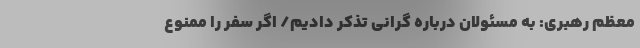
معظم رهبری: به مسئولان درباره گرانی تذکر دادیم/ اگر سفر را ممنوع